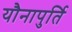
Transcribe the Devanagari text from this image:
यौनापुर्ति